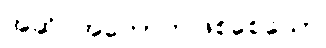
အဆိပ်အတောက်ဖြစ်စေသော